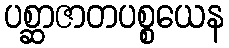
ပစ္ဆာဇာတပစ္စယေန